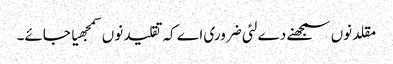
مقلد نو‏‏ں سمجھنے دے لئی ضروری اے کہ تقلید نو‏‏ں سمجھیا جائے۔